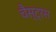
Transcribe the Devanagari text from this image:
चैस्ट्रस